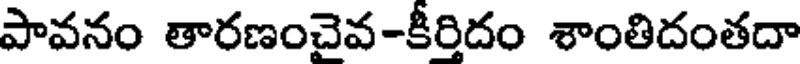
పావనం తారణంచైవ-కీర్తిదం శాంతిదంతదా